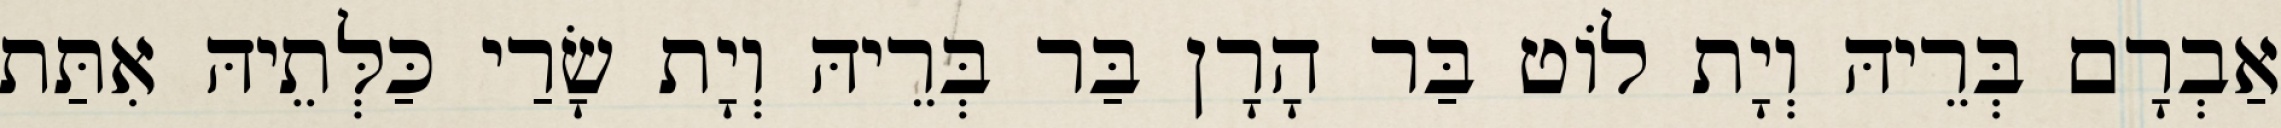
אַבְרָם בְּרֵיהּ וְיָת לוֹט בַּר הָרָן בַּר בְּרֵיהּ וְיָת שָׂרַי כַּלְּתֵיהּ אִתַּת